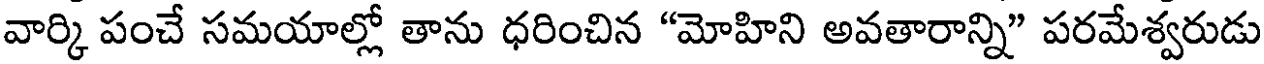
వార్కి పంచే సమయాల్లో తాను ధరించిన "మోహిని అవతారాన్ని" పరమేశ్వరుడు